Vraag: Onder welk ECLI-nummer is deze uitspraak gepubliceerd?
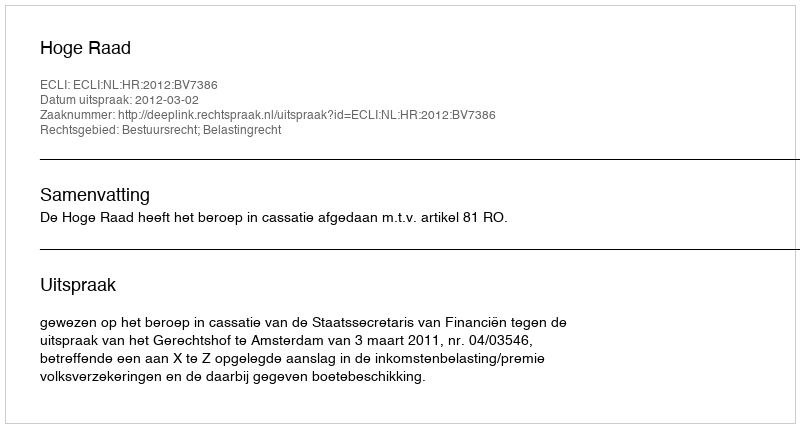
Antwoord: ECLI:NL:HR:2012:BV7386